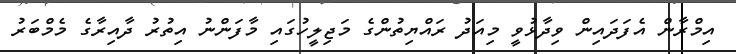
އިމްރާން އެފަދައިން ވިދާޅުވީ މިއަދު ރައްޔިތުންގެ މަޖިލީހުގައި މާފަންނު އިތުރު ދާއިރާގެ މެމްބަރު